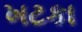
ખટકા